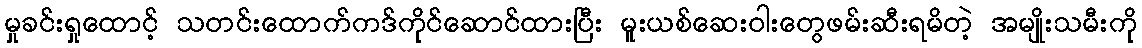
မှုခင်းရှုထောင့် သတင်းထောက်ကဒ်ကိုင်ဆောင်ထားပြီး မူးယစ်ဆေးဝါးတွေဖမ်းဆီးရမိတဲ့ အမျိုးသမီးကို